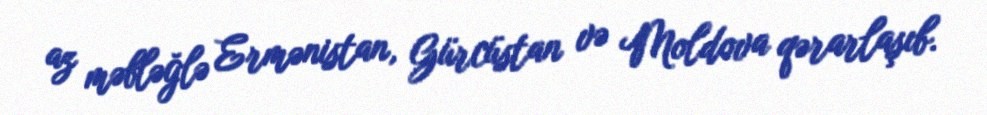
az məbləğlə Ermənistan, Gürcüstan və Moldova qərarlaşıb.